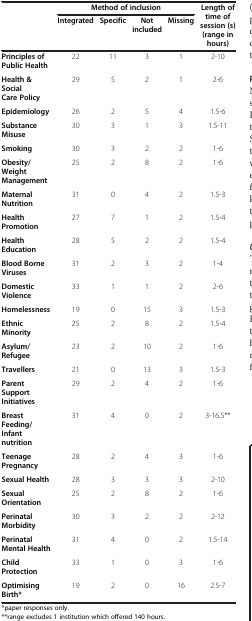
<table><thead><tr><td rowspan="2"><b> </b></td><td colspan="4"><b>Method of inclusion</b></td><td rowspan="2"><b>Length of time of session (s)(range in hours)</b></td></tr><tr><td><b>Integrated</b></td><td><b>Specific</b></td><td><b>Not included</b></td><td><b>Missing</b></td></tr></thead><tbody><tr><td><b>Principles of Public Health</b></td><td>22</td><td>11</td><td>3</td><td>1</td><td>2-10</td></tr><tr><td><b>Health &amp; Social Care Policy</b></td><td>29</td><td>5</td><td>2</td><td>1</td><td>2-6</td></tr><tr><td><b>Epidemiology</b></td><td>26</td><td>2</td><td>5</td><td>4</td><td>1.5-6</td></tr><tr><td><b>Substance Misuse</b></td><td>30</td><td>3</td><td>1</td><td>3</td><td>1.5-11</td></tr><tr><td><b>Smoking</b></td><td>30</td><td>3</td><td>2</td><td>2</td><td>1-6</td></tr><tr><td><b>Obesity/Weight Management</b></td><td>25</td><td>2</td><td>8</td><td>2</td><td>1-6</td></tr><tr><td><b>Maternal Nutrition</b></td><td>31</td><td>0</td><td>4</td><td>2</td><td>1.5-3</td></tr><tr><td><b>Health Promotion</b></td><td>27</td><td>7</td><td>1</td><td>2</td><td>1.5-4</td></tr><tr><td><b>Health Education</b></td><td>28</td><td>5</td><td>2</td><td>2</td><td>1.5-4</td></tr><tr><td><b>Blood Borne Viruses</b></td><td>31</td><td>2</td><td>3</td><td>2</td><td>1-4</td></tr><tr><td><b>Domestic Violence</b></td><td>33</td><td>1</td><td>1</td><td>2</td><td>2-6</td></tr><tr><td><b>Homelessness</b></td><td>19</td><td>0</td><td>15</td><td>3</td><td>1.5-3</td></tr><tr><td><b>Ethnic Minority</b></td><td>25</td><td>2</td><td>8</td><td>2</td><td>1.5-4</td></tr><tr><td><b>Asylum/Refugee</b></td><td>23</td><td>2</td><td>10</td><td>2</td><td>1-6</td></tr><tr><td><b>Travellers</b></td><td>21</td><td>0</td><td>13</td><td>3</td><td>1.5-3</td></tr><tr><td><b>Parent Support Initiatives</b></td><td>29</td><td>2</td><td>4</td><td>2</td><td>1-6</td></tr><tr><td><b>Breast Feeding/Infant nutrition</b></td><td>31</td><td>4</td><td>0</td><td>2</td><td>3-16.5**</td></tr><tr><td><b>Teenage Pregnancy</b></td><td>28</td><td>2</td><td>4</td><td>3</td><td>1-6</td></tr><tr><td><b>Sexual Health</b></td><td>28</td><td>3</td><td>3</td><td>3</td><td>2-10</td></tr><tr><td><b>Sexual Orientation</b></td><td>25</td><td>2</td><td>8</td><td>2</td><td>1-6</td></tr><tr><td><b>Perinatal Morbidity</b></td><td>30</td><td>3</td><td>2</td><td>2</td><td>2-12</td></tr><tr><td><b>Perinatal Mental Health</b></td><td>31</td><td>4</td><td>0</td><td>2</td><td>1.5-14</td></tr><tr><td><b>Child Protection</b></td><td>33</td><td>1</td><td>0</td><td>3</td><td>1-6</td></tr><tr><td><b>Optimising Birth*</b></td><td>19</td><td>2</td><td>0</td><td>16</td><td>2.5-7</td></tr></tbody></table>